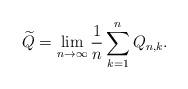
LaTeX: \begin{align*}\widetilde{Q} = \lim_{n\rightarrow\infty}\frac{1}{n}\sum_{k=1}^nQ_{n,k}.\end{align*}